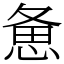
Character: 惫